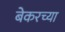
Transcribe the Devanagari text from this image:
बेकरच्या